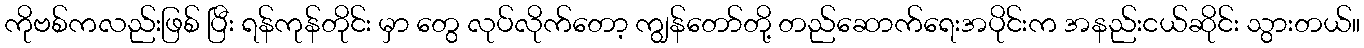
ကိုဗစ်ကလည်းဖြစ် ပြီး ရန်ကုန်တိုင်း မှာ တွေ လုပ်လိုက်တော့ ကျွန်တော်တို့ တည်ဆောက်ရေးအပိုင်းက အနည်းငယ်ဆိုင်း သွားတယ်။